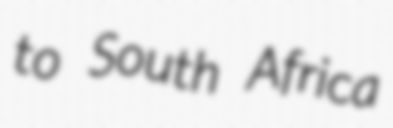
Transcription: to South Africa